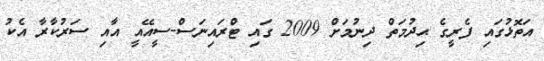
އަތޮޅުގައި ފެރީގެ ޙިދުމަތް ދިނުމަށް 2009 ގައި ޓްރައިނަސް-ސީއޭއީ އާއި ސަރުކާރާ އެކު